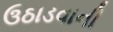
ઉઠાડવાની